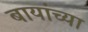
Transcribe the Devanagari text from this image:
बायांच्या